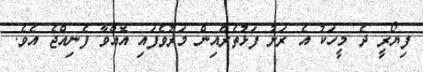
ފިޔޯރީ ދެ މީހަކު އެ ރަށު ފަޅުތެރެއިން މަރުވެފައި އޮއްވާ ފެނިއްޖެ އެވެ.